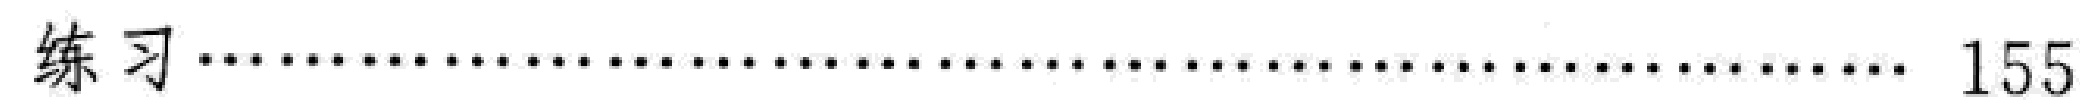
练习\dotfill 155